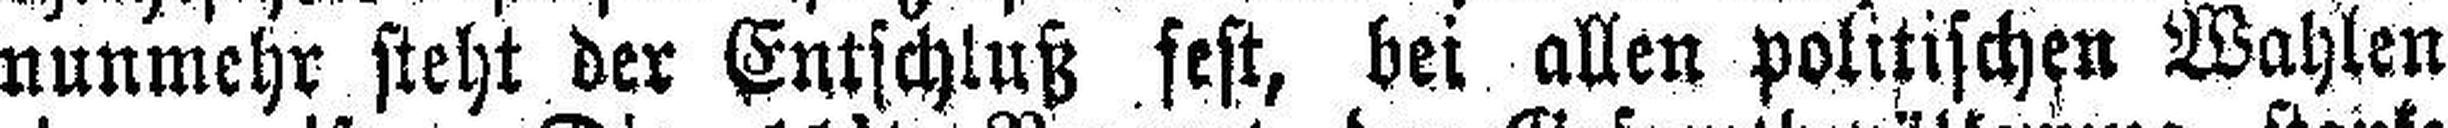
nunmehr steht der Entschluß fest, bei allen politischen Wahlen